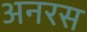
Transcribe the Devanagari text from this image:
अनरस